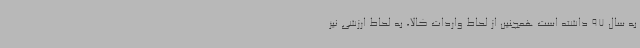
به سال 97 داشته است همچنین از لحاظ واردات کالا، به لحاظ ارزشی نیز